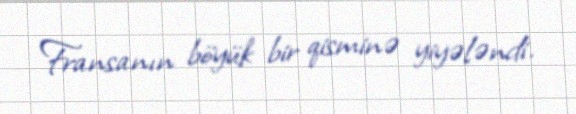
Fransanın böyük bir qisminə yiyələndi.